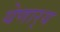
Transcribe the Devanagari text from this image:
येणार्‍य